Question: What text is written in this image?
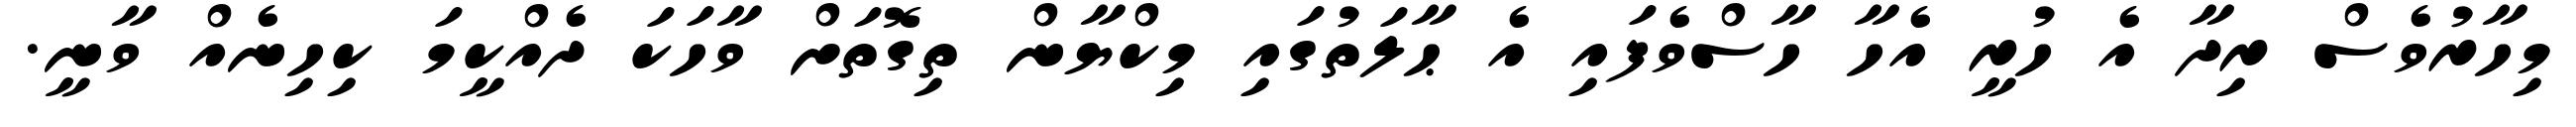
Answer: މިހާރުވެސް ރިދާ އެ ހުރީ އެހާ ހާސްވެފައި އެ ޙާލަތުގައި މިކްޔާން ތިގޮތަށް ވާހަކަ ދެއްކީމަ ކިހިނެއް ވާނީ.